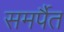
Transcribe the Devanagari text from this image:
समर्पैत